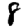
Digit: 8